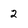
Character: 2